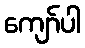
ကျော်ပါ